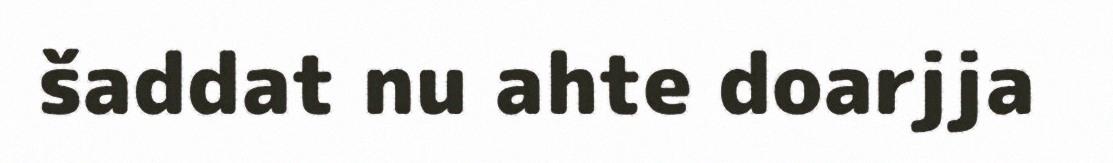
šaddat nu ahte doarjja